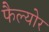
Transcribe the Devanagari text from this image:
फैल्योर